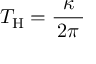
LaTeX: T _ { \mathrm { H } } = { \frac { \kappa } { \, 2 \pi \, } }